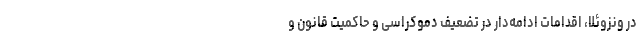
در ونزوئلا، اقدامات ادامه‌دار در تضعیف دموکراسی و حاکمیت قانون و